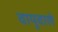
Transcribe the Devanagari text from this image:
वायुवाले